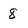
Character: 8